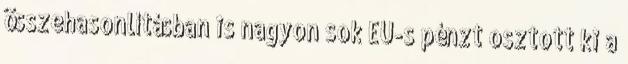
összehasonlításban is nagyon sok EU-s pénzt osztott ki a